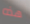
هذه